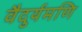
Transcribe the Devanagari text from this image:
वैदुर्यमणि